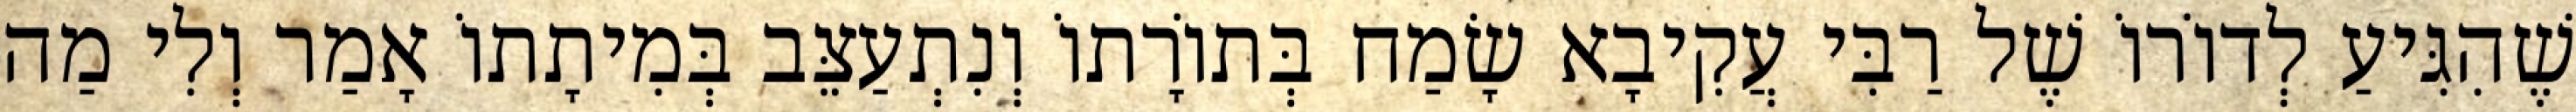
שֶׁהִגִּיעַ לְדוֹרוֹ שֶׁל רַבִּי עֲקִיבָא שָׂמַח בְּתוֹרָתוֹ וְנִתְעַצֵּב בְּמִיתָתוֹ אָמַר וְלִי מַה